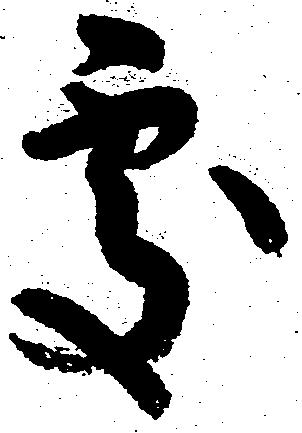
処